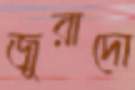
জুরাদো